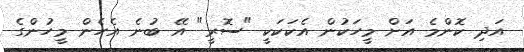
އަދި ކޮންމެ އަށް މީހަކުން އެކަކަކީ "ސޮރީ" އޭ ބުނެ އެހެން މީހުންގެ